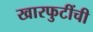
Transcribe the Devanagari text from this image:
खारफुटींची